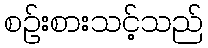
စဉ်းစားသင့်သည်